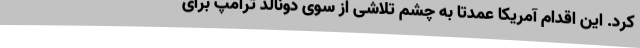
کرد. این اقدام آمریکا عمدتا به چشم تلاشی از سوی دونالد ترامپ برای